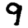
Digit: 9